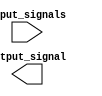
module eight_input_and_gate (
    input [7:0] input_signals,
    output output_signal
);

wire gate_1, gate_2, gate_3, gate_4, gate_5, gate_6, gate_7;

and gate_inst1 (
    .a(input_signals[0]),
    .b(input_signals[1]),
    .y(gate_1)
);

and gate_inst2 (
    .a(input_signals[2]),
    .b(input_signals[3]),
    .y(gate_2)
);

and gate_inst3 (
    .a(input_signals[4]),
    .b(input_signals[5]),
    .y(gate_3)
);

and gate_inst4 (
    .a(input_signals[6]),
    .b(input_signals[7]),
    .y(gate_4)
);

and gate_inst5 (
    .a(gate_1),
    .b(gate_2),
    .y(gate_5)
);

and gate_inst6 (
    .a(gate_3),
    .b(gate_4),
    .y(gate_6)
);

and gate_inst7 (
    .a(gate_5),
    .b(gate_6),
    .y(gate_7)
);

assign output_signal = gate_7;

endmodule